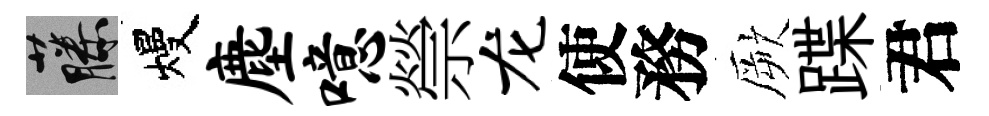
藤熳麈噫禜龙使務厥蹀君